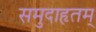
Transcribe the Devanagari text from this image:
समुदाहृतम्